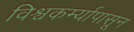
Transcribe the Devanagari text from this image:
विश्वकर्म्यापासून